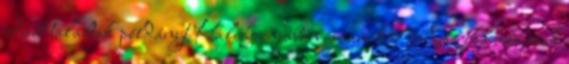
odaát találtak példányt Kaliforniában is, amikor Amerika még csak